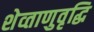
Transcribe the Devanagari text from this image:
शेव्ताणुवृद्धि